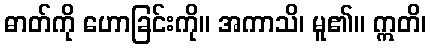
ဓာတ်ကို ဟောခြင်းကို။ အကာသိ၊ မူ၏။ ဣတိ၊